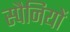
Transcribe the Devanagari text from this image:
स्पैनियों